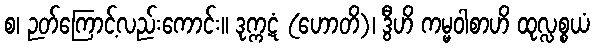
စ၊ ဉတ်ကြောင့်လည်းကောင်း။ ဒုက္ကဋံ (ဟောတိ)၊ ဒွီဟိ ကမ္မဝါစာဟိ ထုလ္လစ္စယံ